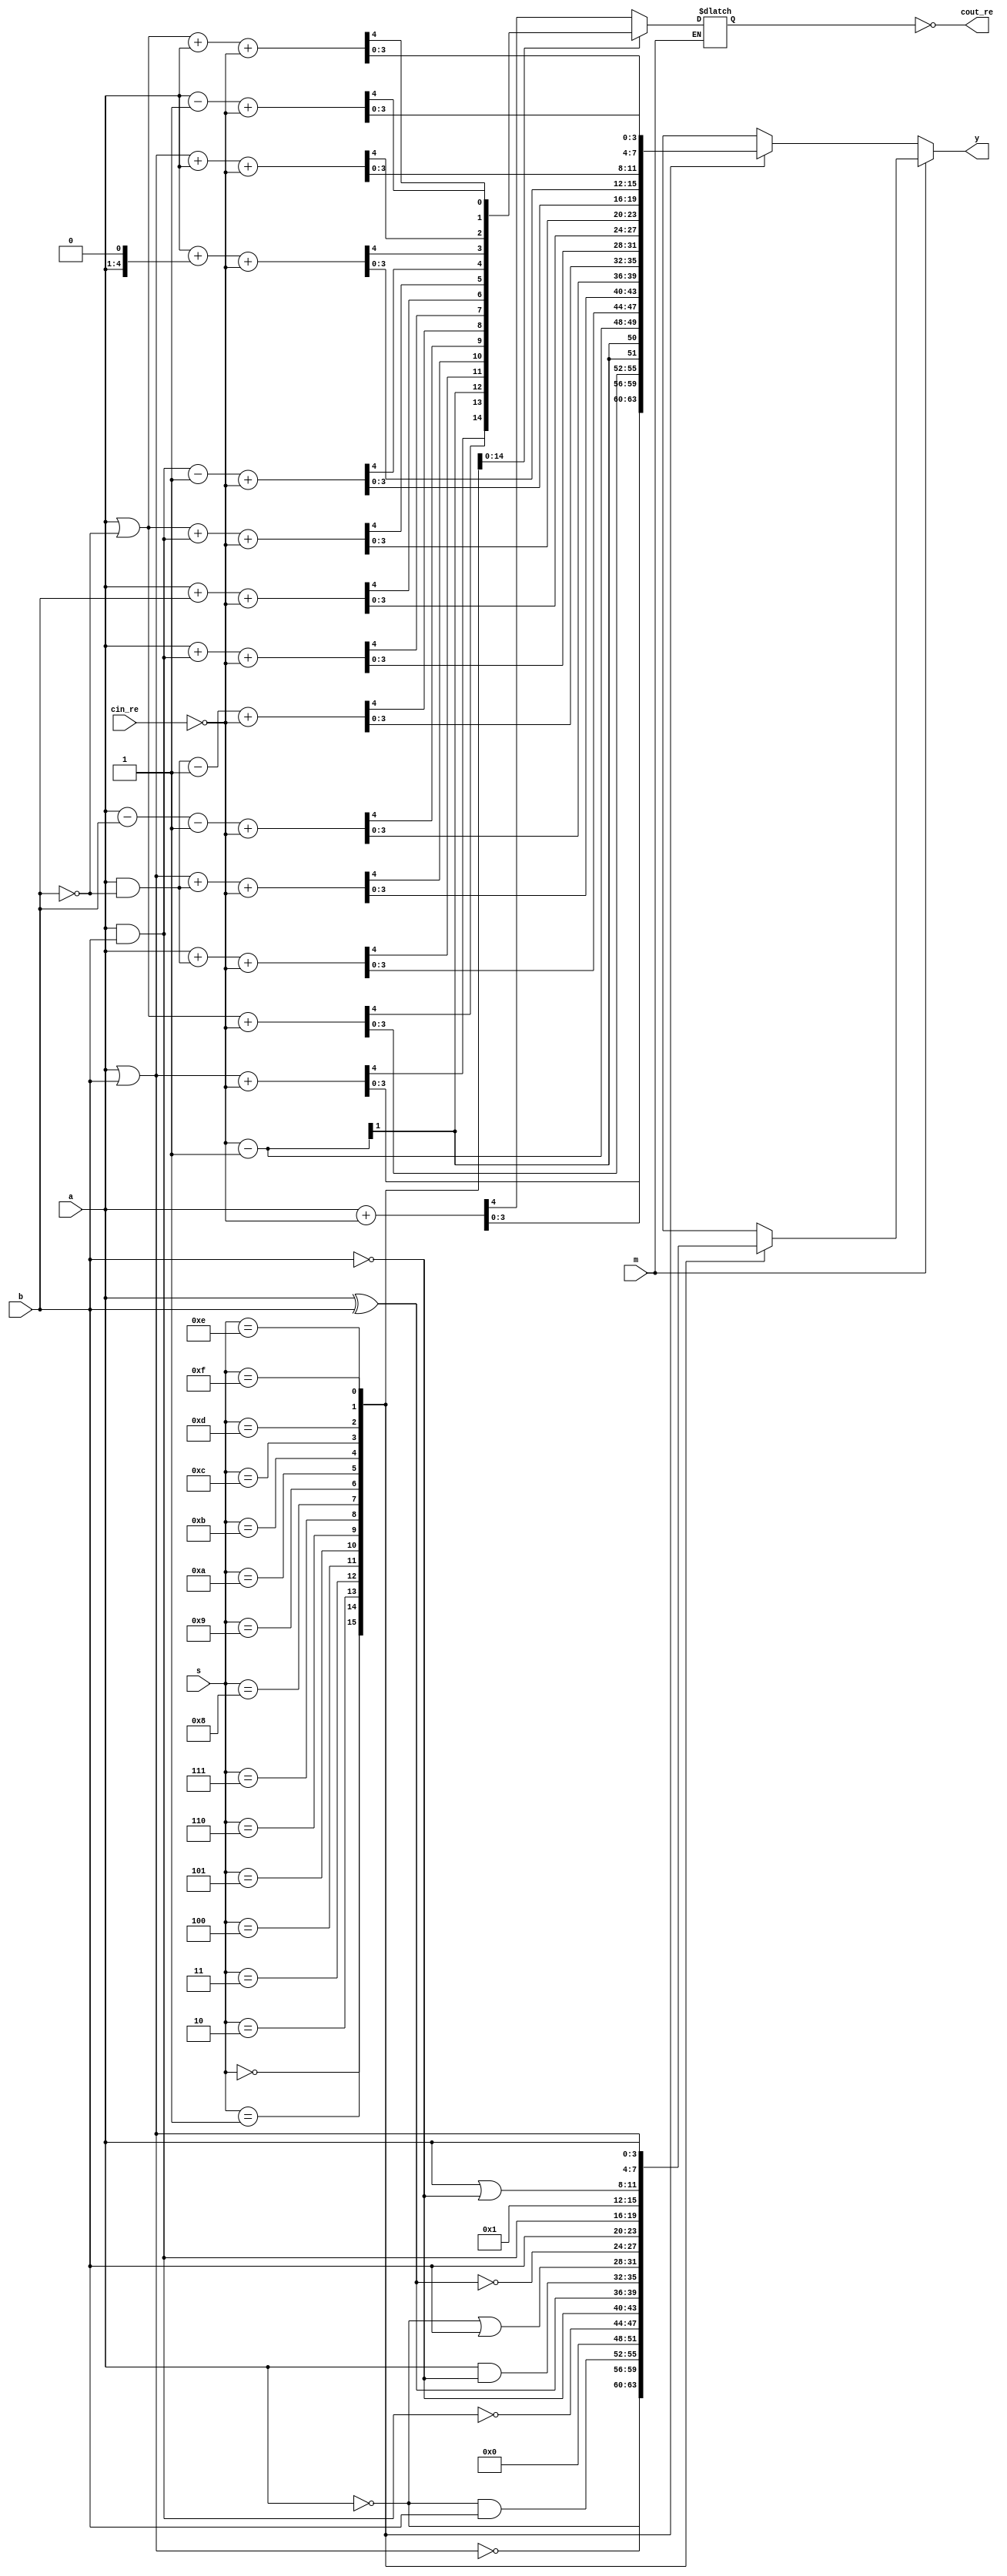
//==================================================================================================
//  Revision      : 
//
//  Description   : 
//
//
//==================================================================================================
module alu_4bit(a, b, s, m, cin_re, cout_re, y);//These port names just comes from our textbook.
    input [3:0] a, b,s;
    input m, cin_re;
    output cout_re;
    output [3:0] y;
    reg [3:0] y;
    wire cin;
    reg cout;
    assign cin = ~cin_re;
    assign cout_re = ~cout;
    always @(a or b or s or m or cin_re)
      begin
      if (m == 1) //logical calculation
        begin
          case(s)
            4'h0: y <= ~a;
            4'h1: y <= ~(a|b);
            4'h2: y <= (~a)&b;
            4'h3: y <= 4'd0;
            4'h4: y <= ~(a&b);
            4'h5: y <= ~b;
            4'h6: y <= a^b;
            4'h7: y <= a&(~b);
            4'h8: y <= (~a)|b;
            4'h9: y <= ~(a^b);
            4'ha: y <= b;
            4'hb: y <= a&b;
            4'hc: y <= 1;
            4'hd: y <= a|(~b);
            4'he: y <= a|b;
            4'hf: y <= a;
          endcase
        end
      else //arithmetic calculation
        begin
          case(s)
            4'h0: {cout, y} <= a + cin;
            4'h1: {cout, y} <= (a|b) + cin;
            4'h2: {cout, y} <= (a|(~b)) + cin;
            4'h3: {cout, y} <= cin - 1;
            4'h4: {cout, y} <= a + (a&(~b)) + cin;
            4'h5: {cout, y} <= (a|b) + (a&(~b)) + cin;
            4'h6: {cout, y} <= a - b - 1 + cin;
            4'h7: {cout, y} <= (a&(~b)) - 1 + cin;
            4'h8: {cout, y} <= a + (a&b) + cin;
            4'h9: {cout, y} <= a + b + cin;
            4'ha: {cout, y} <= (a|(~b)) + (a&b) + cin;
            4'hb: {cout, y} <= (a&b) - 1 + cin;
            4'hc: {cout, y} <= a + (a<<1) + cin;
            4'hd: {cout, y} <= (a|b) + a + cin;
            4'he: {cout, y} <= (a|(~b)) + a + cin;
            4'hf: {cout, y} <= a - 1 + cin;
          endcase
        end
    end
    
endmodule